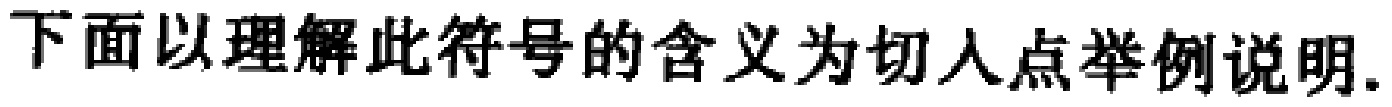
下面以理解此符号的含义为切入点举例说明.